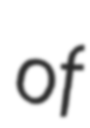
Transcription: of